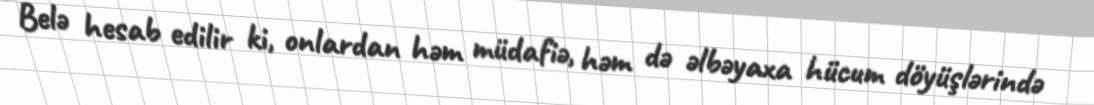
Belə hesab edilir ki, onlardan həm müdafiə, həm də əlbəyaxa hücum döyüşlərində